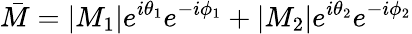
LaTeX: {\bar{M}}=|M_{1}|e^{i\theta_{1}}e^{-i\phi_{1}}+|M_{2}|e^{i\theta_{2}}e^{-i\phi_{2}}